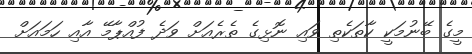
މީގެ ބޭނުމަކީ ކާތަކެތި ވައި ނޮޅިގެ ތެރެއަށް ވަދެ ފުއްޕާމޭ އާއި ހަމައަށް